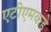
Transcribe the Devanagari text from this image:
एटीएमकडे